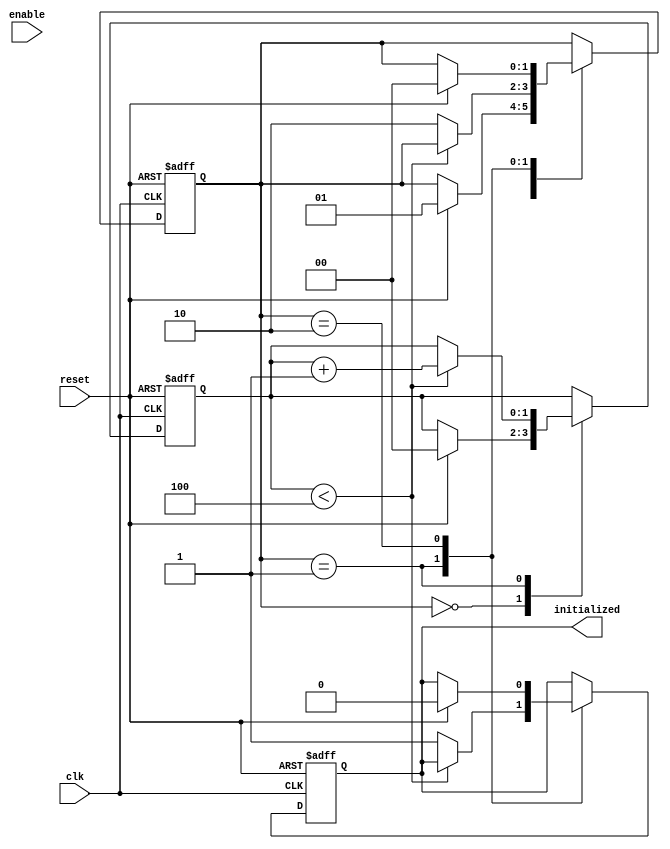
module clock_cycle_initialization (
    input wire clk,         // Clock signal
    input wire reset,       // Active-high reset signal
    input wire enable,      // Control signal for initialization
    output reg initialized  // Flag indicating successful initialization
);

    // Internal state register
    reg [1:0] state;        // 00: Idle, 01: Initializing, 10: Initialized

    // State encoding
    localparam IDLE        = 2'b00;
    localparam INITIALIZING = 2'b01;
    localparam INITIALIZED   = 2'b10;

    // Initialization complete condition (defined as 4 clock cycles for this example)
    localparam INIT_CYCLES = 4;
    reg [1:0] init_count;   // Counter for initialization cycles

    // Sequential logic for state transitions
    always @(posedge clk or posedge reset) begin
        if (reset) begin
            // Reset the state and output
            state <= IDLE;
            initialized <= 0;
            init_count <= 0;
        end else begin
            case (state)
                IDLE: begin
                    if (reset) begin
                        state <= INITIALIZING;  // Move to initializing state if reset is asserted
                        init_count <= 0;        // Reset initialization cycle count
                    end
                end
                
                INITIALIZING: begin
                    if (init_count < INIT_CYCLES) begin
                        init_count <= init_count + 1;  // Increment initialization cycle count
                    end else begin
                        state <= INITIALIZED;           // Move to initialized state after completing cycles
                        initialized <= 1;               // Assert initialized output
                    end
                end
                
                INITIALIZED: begin
                    // If reset is asserted, go back to IDLE
                    if (reset) begin
                        state <= IDLE;
                        initialized <= 0;               // Deassert initialized output
                    end
                    // Stay in the initialized state while enable is low
                    // If enable is high, other operations may proceed
                end
            endcase
        end
    end

endmodule